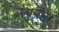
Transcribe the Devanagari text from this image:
लागोत